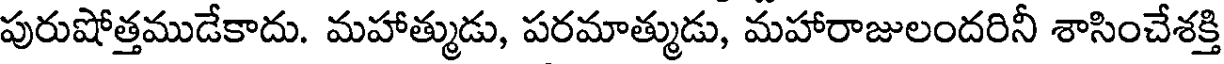
పురుషోత్తముడేకాదు. మహాత్ముడు, పరమాత్ముడు, మహారాజులందరినీ శాసించేశక్తి